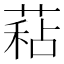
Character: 𦷙